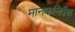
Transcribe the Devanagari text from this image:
मानकनिर्देश